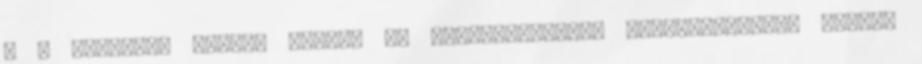
: - Hétvégén Apánál voltam és beszélgettünk. Kérdezte,mivel töltöm